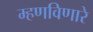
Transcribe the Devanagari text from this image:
म्हणविणारे